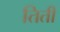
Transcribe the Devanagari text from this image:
तिती